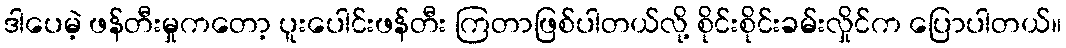
ဒါပေမဲ့ ဖန်တီးမှုကတော့ ပူးပေါင်းဖန်တီး ကြတာဖြစ်ပါတယ်လို့ စိုင်းစိုင်းခမ်းလှိုင်က ပြောပါတယ်။